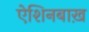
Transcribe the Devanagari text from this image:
ऐशिनबाख़